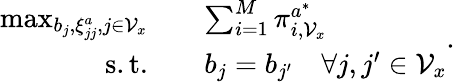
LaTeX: \begin{array}{rl}{\operatorname*{max}_{b_{j},\xi_{jj}^{a},j\in\mathcal{V}_{x}}\quad}&{\sum_{i=1}^{M}\pi_{i,\mathcal{V}_{x}}^{a^{*}}}\\ {\mathrm{s.t.}\quad}&{b_{j}=b_{j^{\prime}}\quad\forall j,j^{\prime}\in\mathcal{V}_{x}}\end{array}.